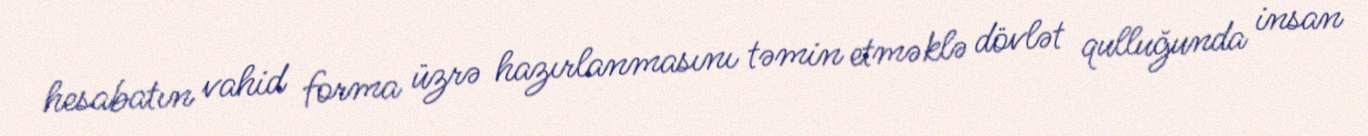
hesabatın vahid forma üzrə hazırlanmasını təmin etməklə dövlət qulluğunda insan